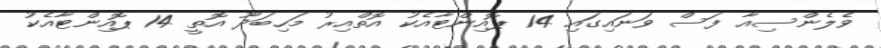
ވެލެންސިއާ ފަސް ވަނައިގައި 14 ޕޮއިންޓާއެކު އޮތްއިރު މަހިބަދޫ އޮތީ 14 ޕޮއިންޓާއެކު